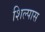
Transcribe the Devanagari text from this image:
शिल्पास